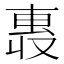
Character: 𫩄